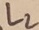
Text: L2